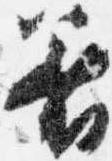
着